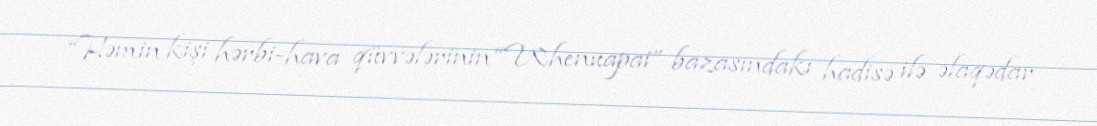
“Həmin kişi hərbi-hava qüvvələrinin “Whenuapai” bazasındakı hadisə ilə əlaqədar